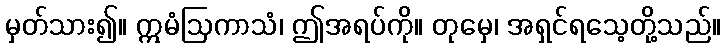
မှတ်သား၍။ ဣမံဩကာသံ၊ ဤအရပ်ကို။ တုမှေ၊ အရှင်ရသေ့တို့သည်။